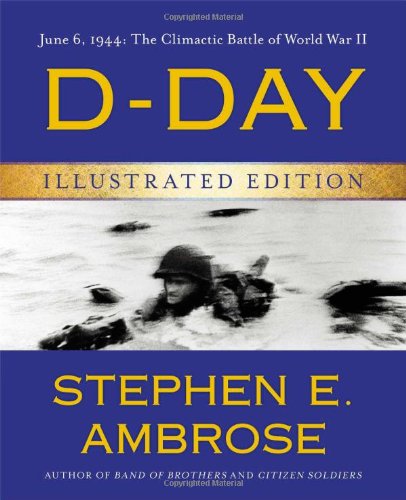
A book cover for D-Day Illustrated Edition: June 6, 1944: The Climactic Battle of World War II; Stephen E. Ambrose; Arts & Photography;